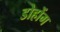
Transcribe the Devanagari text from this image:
डोहोंग